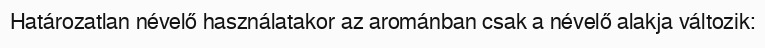
Határozatlan névelő használatakor az arománban csak a névelő alakja változik: